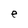
Character: e